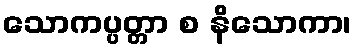
သောကပ္ပတ္တာ စ နိသောကာ၊